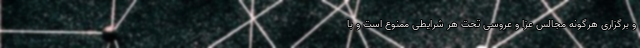
و برگزاری هرگونه‌ مجالس عزا و عروسی تحت هر شرایطی ممنوع است و با